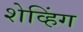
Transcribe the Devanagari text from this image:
शेव्हिंग